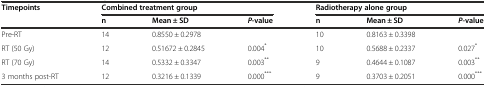
<table><thead><tr><td><b>Timepoints</b></td><td colspan="3"><b>Combined treatment group</b></td><td colspan="3"><b>Radiotherapy alone group</b></td></tr><tr><td></td><td><b>n</b></td><td><b>Mean ± SD</b></td><td><b><i>P</i>-value</b></td><td><b>n</b></td><td><b>Mean ± SD</b></td><td><b><i>P</i>-value</b></td></tr></thead><tbody><tr><td>Pre-RT</td><td>14</td><td>0.8550 ± 0.2978</td><td></td><td>10</td><td>0.8163 ± 0.3398</td><td></td></tr><tr><td>RT (50 Gy)</td><td>12</td><td>0.51672 ± 0.2845</td><td>0.004<sup>*</sup></td><td>10</td><td>0.5688 ± 0.2337</td><td>0.027<sup>*</sup></td></tr><tr><td>RT (70 Gy)</td><td>14</td><td>0.5332 ± 0.3347</td><td>0.003<sup>**</sup></td><td>9</td><td>0.4644 ± 0.1087</td><td>0.003<sup>**</sup></td></tr><tr><td>3 months post-RT</td><td>12</td><td>0.3216 ± 0.1339</td><td>0.000<sup>***</sup></td><td>9</td><td>0.3703 ± 0.2051</td><td>0.000<sup>***</sup></td></tr></tbody></table>